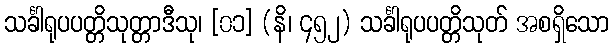
သင်္ခါရုပပတ္တိသုတ္တာဒီသု၊ [၀၁] (နိ၊ ၄၅၂) သင်္ခါရုပပတ္တိသုတ် အစရှိသော